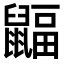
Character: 𪕲